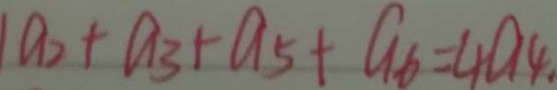
a _ { 2 } + a _ { 3 } + a _ { 5 } + q _ { 6 } = 4 a _ { 4 }